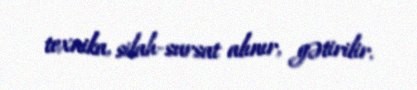
texnika, silah-sursat alınır, gətirilir.